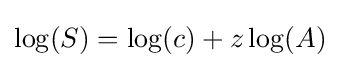
\log(S)=\log(c)+z\log(A)